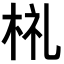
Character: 𣑶